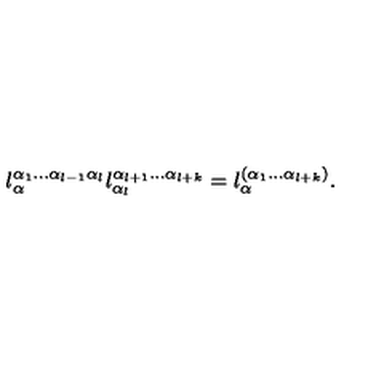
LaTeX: l _ { \alpha } ^ { \alpha _ { 1 } \ldots \alpha _ { l - 1 } \alpha _ { l } } l _ { \alpha _ { l } } ^ { \alpha _ { l + 1 } \ldots \alpha _ { l + k } } = l _ { \alpha } ^ { ( \alpha _ { 1 } \ldots \alpha _ { l + k } ) } .